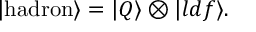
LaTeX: | \mathrm { h a d r o n } \rangle = | Q \rangle \otimes | { l d f } \rangle .